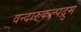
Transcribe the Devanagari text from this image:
वन्दारुकल्पद्रुम